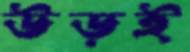
উড়ই